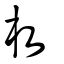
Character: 枚